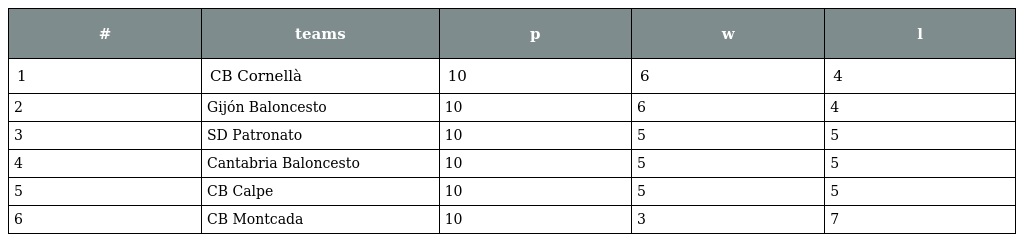
| # | teams | p | w | l |
 | --- | --- | --- | --- | --- |
 | 1 | CB Cornellà | 10 | 6 | 4 |
 | 2 | Gijón Baloncesto | 10 | 6 | 4 |
 | 3 | SD Patronato | 10 | 5 | 5 |
 | 4 | Cantabria Baloncesto | 10 | 5 | 5 |
 | 5 | CB Calpe | 10 | 5 | 5 |
 | 6 | CB Montcada | 10 | 3 | 7 |